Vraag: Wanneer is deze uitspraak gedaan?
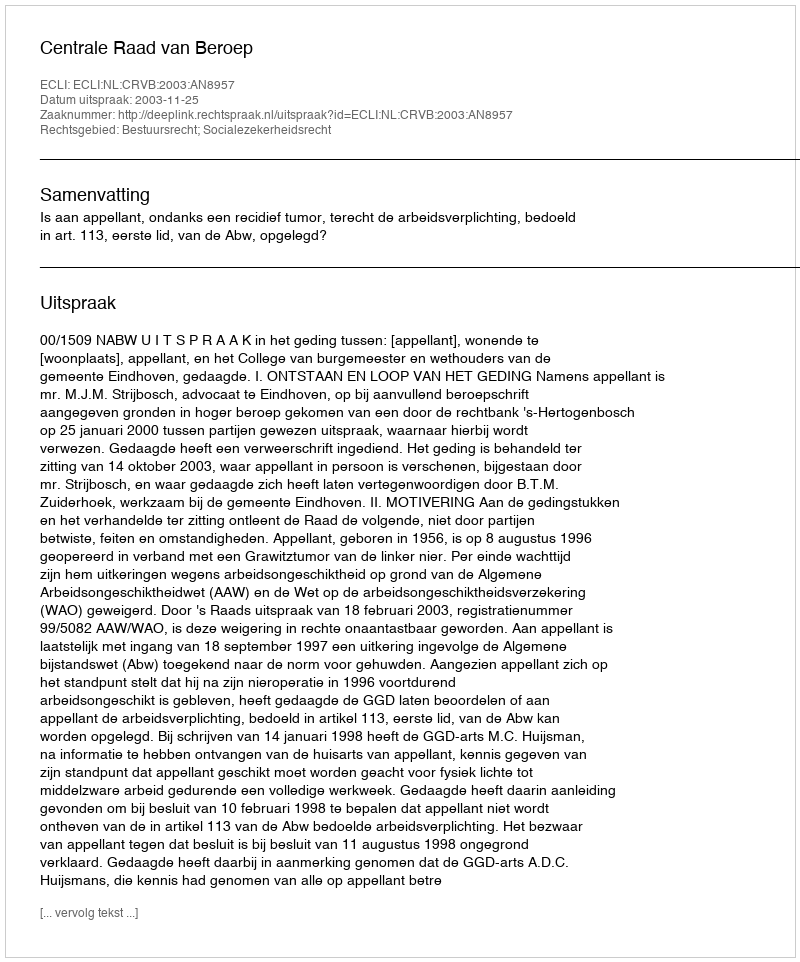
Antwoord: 2003-11-25